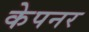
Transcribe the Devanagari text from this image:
केपनर